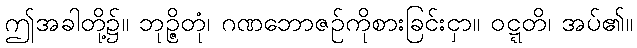
ဤအခါတို့၌။ ဘုဉ္ဇိတုံ၊ ဂဏဘောဇဉ်ကိုစားခြင်းငှာ။ ဝဋ္ဋတိ၊ အပ်၏။